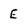
Character: E